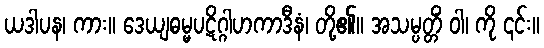
ယဒါပန၊ ကား။ ဒေယျဓမ္မပဋိဂ္ဂါဟကာဒီနံ၊ တို့၏။ အသမ္ပတ္တိံ ဝါ၊ ကို ၎င်း။